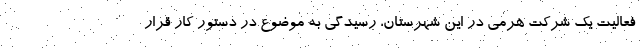
فعالیت یک شرکت هرمی در این شهرستان، رسیدگی به موضوع در دستور کار قرار